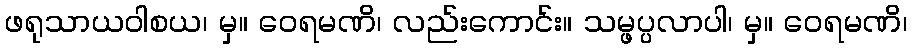
ဖရုသာယဝါစယ၊ မှ။ ဝေရမဏိ၊ လည်းကောင်း။ သမ္ဖပ္ပလာပါ၊ မှ။ ဝေရမဏိ၊